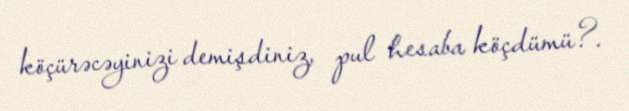
köçürəcəyinizi demişdiniz, pul hesaba köçdümü?.